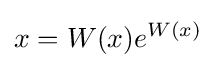
x=W(x)e^{W(x)}